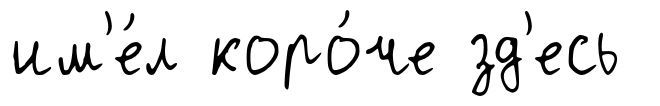
им'е́л коро́че зд'есь